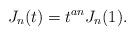
LaTeX: \begin{align*}J_n(t)=t^{an}J_n(1).\end{align*}